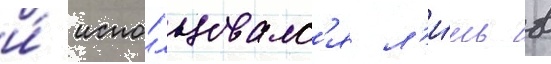
и́ испо́льзовалс'я л'и́шь в